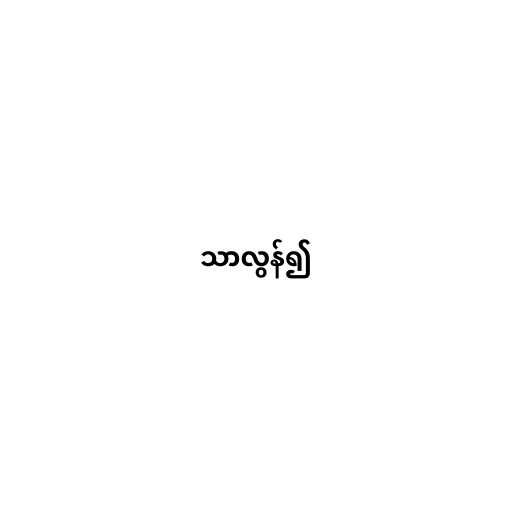
သာလွန်၍